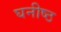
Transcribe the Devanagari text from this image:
घनीष्ठ